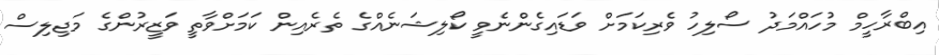
އިބްރާހީމް މުހައްމަދު ސޯލިހު ވެރިކަމަށް ވަޑައިގެންނެވީ ކޯލިޝަނެއްގެ ތެރެއިން ކަމަށްވާތީ ވަޒީރުންގެ މަޖިލިސް